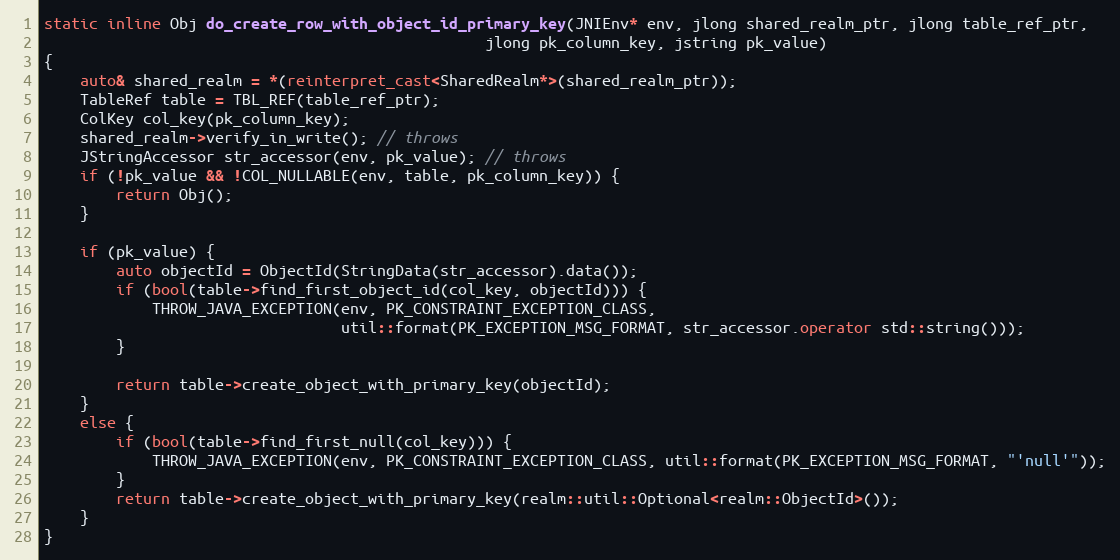
Language: C++
static inline Obj do_create_row_with_object_id_primary_key(JNIEnv* env, jlong shared_realm_ptr, jlong table_ref_ptr,
                                                 jlong pk_column_key, jstring pk_value)
{
    auto& shared_realm = *(reinterpret_cast<SharedRealm*>(shared_realm_ptr));
    TableRef table = TBL_REF(table_ref_ptr);
    ColKey col_key(pk_column_key);
    shared_realm->verify_in_write(); // throws
    JStringAccessor str_accessor(env, pk_value); // throws
    if (!pk_value && !COL_NULLABLE(env, table, pk_column_key)) {
        return Obj();
    }

    if (pk_value) {
        auto objectId = ObjectId(StringData(str_accessor).data());
        if (bool(table->find_first_object_id(col_key, objectId))) {
            THROW_JAVA_EXCEPTION(env, PK_CONSTRAINT_EXCEPTION_CLASS,
                                 util::format(PK_EXCEPTION_MSG_FORMAT, str_accessor.operator std::string()));
        }

        return table->create_object_with_primary_key(objectId);
    }
    else {
        if (bool(table->find_first_null(col_key))) {
            THROW_JAVA_EXCEPTION(env, PK_CONSTRAINT_EXCEPTION_CLASS, util::format(PK_EXCEPTION_MSG_FORMAT, "'null'"));
        }
        return table->create_object_with_primary_key(realm::util::Optional<realm::ObjectId>());
    }
}